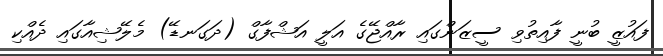
ފައުޒީ ބުނީ ފާއިތުވި ސީޒަންގައި ރާއްޖޭގެ އަލީ އަޝްފާގް (ދަގަނޑޭ) މެލޭޝިއާގައި ދެއްކި